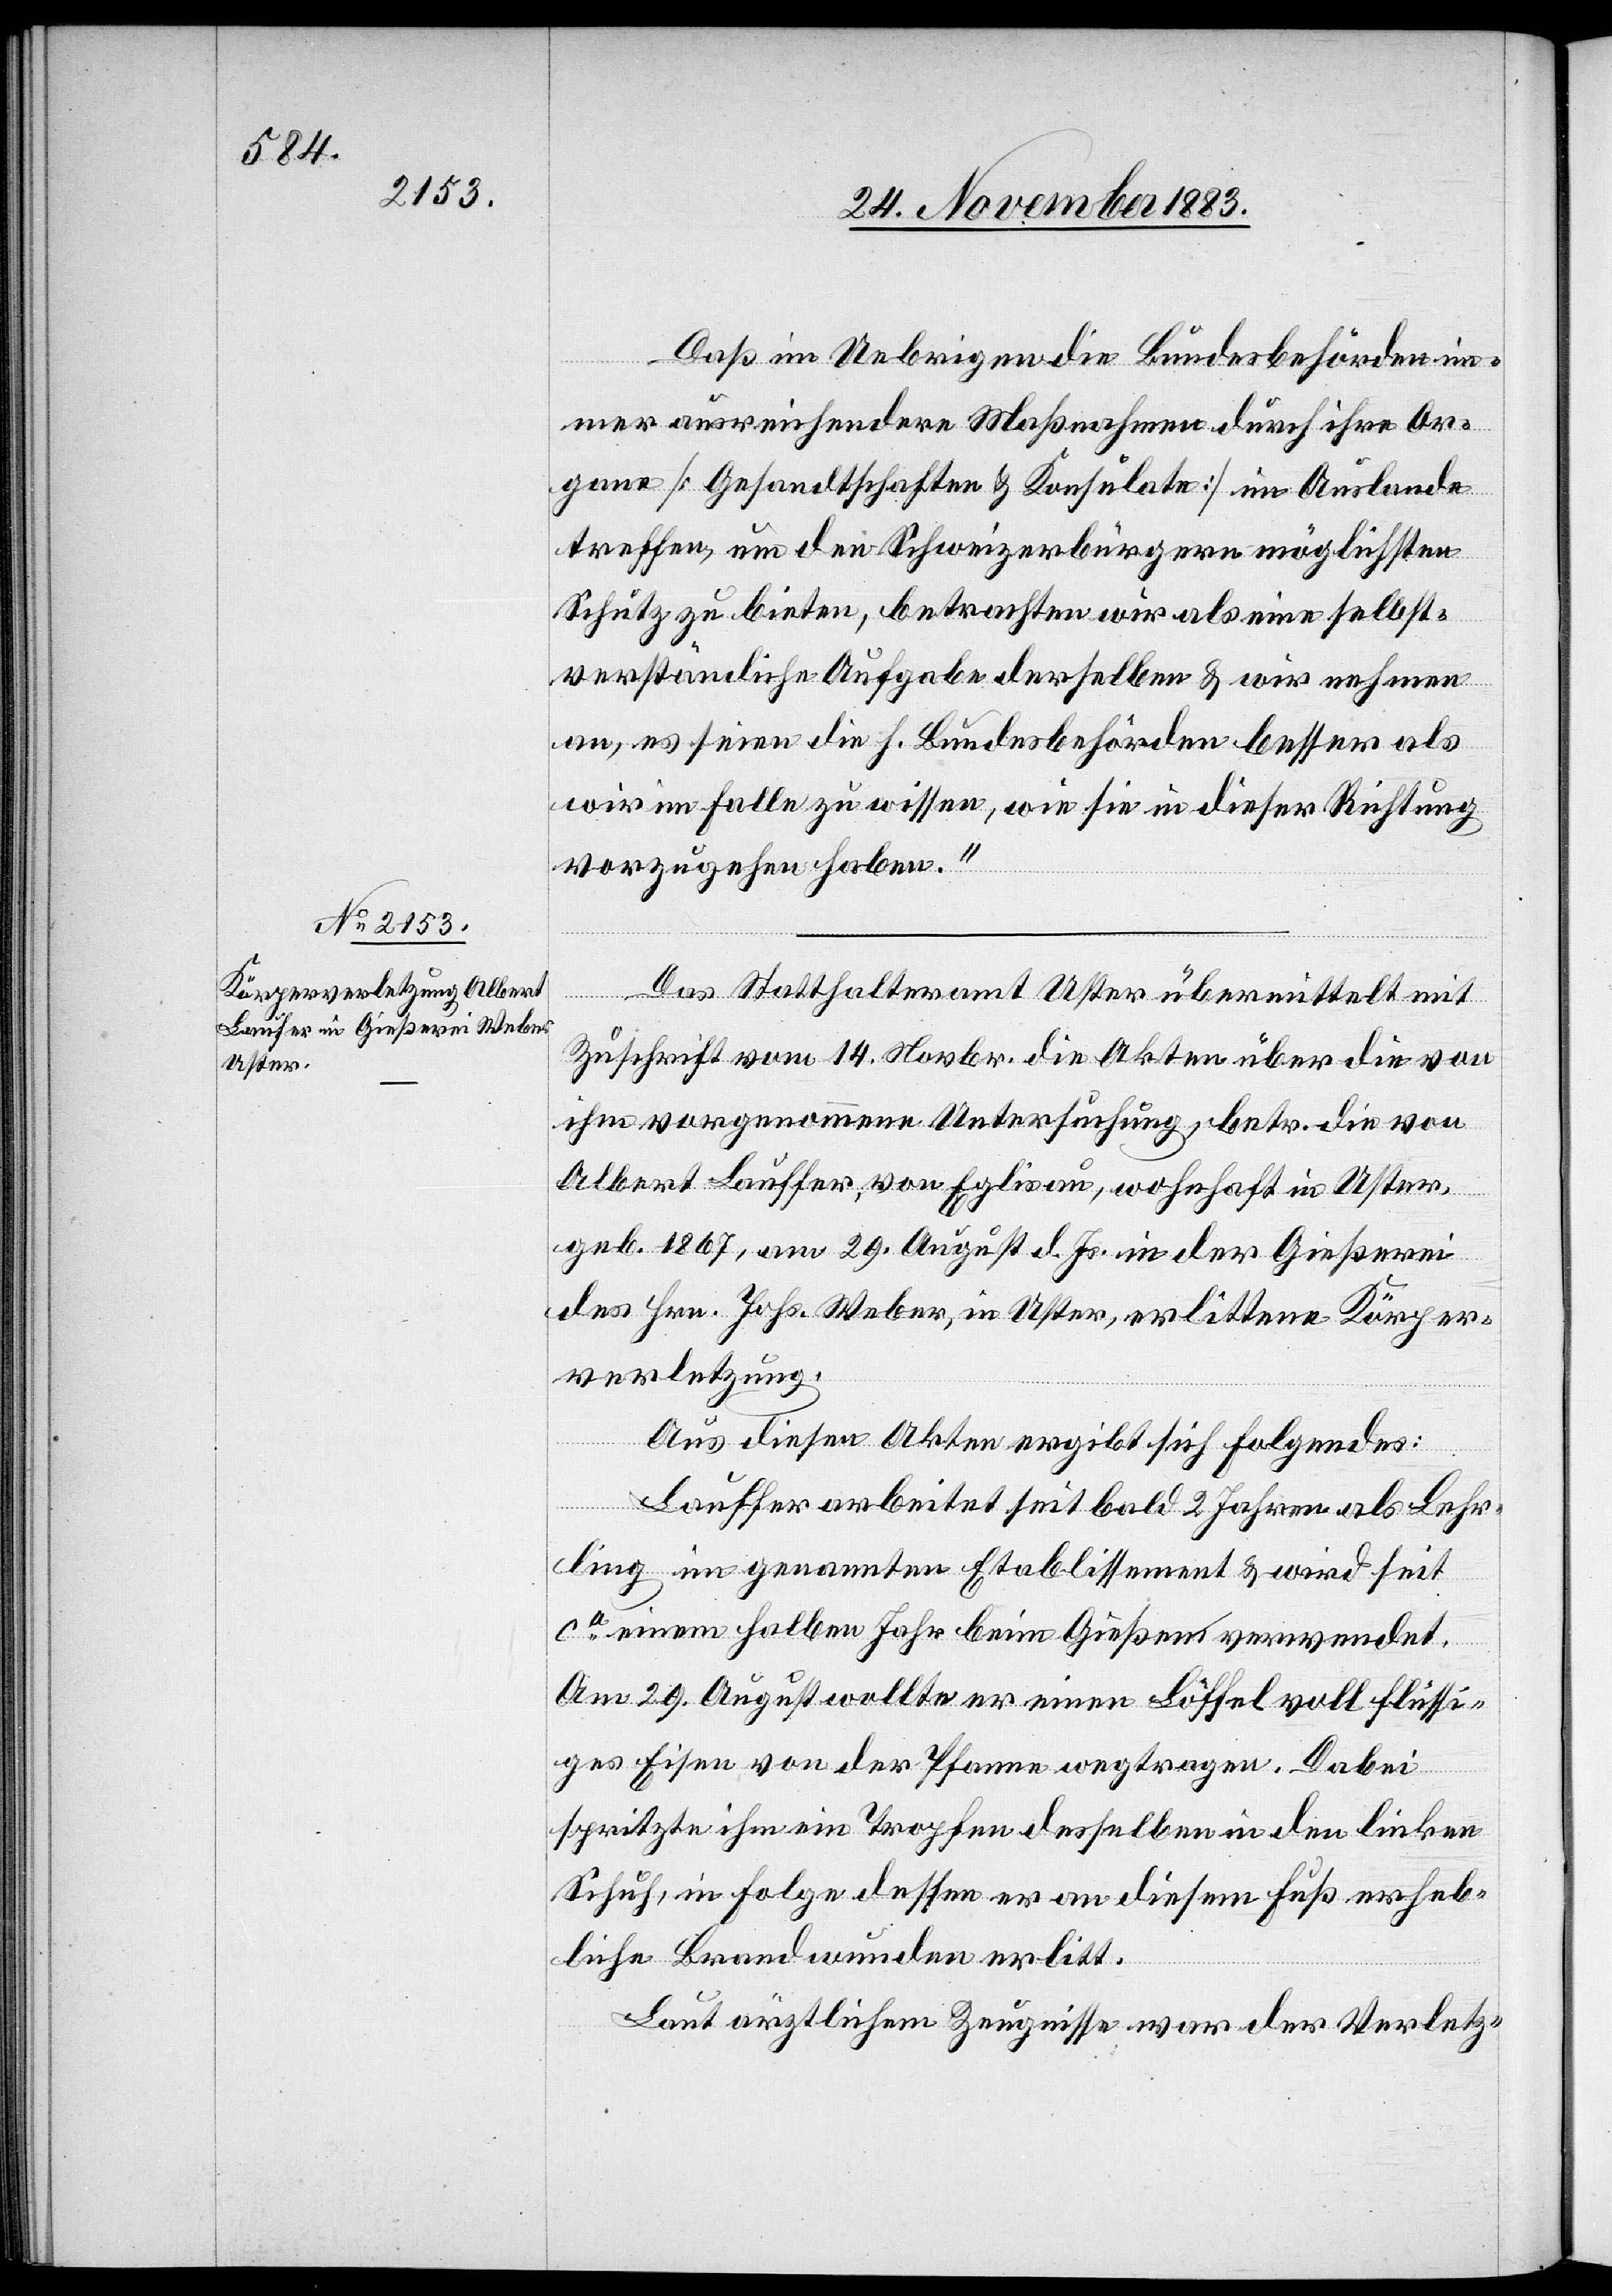
Daß im Uebrigen die Bundesbehörden im¬
mer ausreichendere Maßnahmen durch ihre Or¬
gane [Gesandtschaften & Konsulate] im Auslande
treffen, um den Schweizerbürgern möglichsten
Schutz zu bieten, betrachten wir als eine selbst¬
verständliche Aufgabe derselben & wir nehmen
an, es seien die h. Bundesbehörden besser als
wir im Falle zu wissen, wie sie in dieser Richtung
vorzugehen haben.“
Das Statthalteramt Uster übermittelt mit
Zuschrift vom 14. Novbr. die Akten über die von
ihm vorgenommene Untersuchung, betr. die von
Albert Lauffer [sic!], von Eglisau, wohnhaft in Uster,
geb. 1867, am 29. August d. Js in der Gießerei
des Hrn. Johs. Weber, in Uster, erlittene Körper¬
verletzung.
Aus diesen Akten ergibt sich Folgendes:
Lauffer arbeitet seit bald 2 Jahren als Lehr¬
ling im genannten Etablissement & wird seit
ca einem halben Jahr beim Gießen verwendet.
Am 29. August wollte er einen Löffel voll flüssi¬
ges Eisen von der Pfanne wegtragen. Dabei
spritzte ihm ein Tropfen desselben in den linken
Schuh, in Folge dessen er an diesem Fuß erheb¬
liche Brandwunden erlitt.
Laut ärztlichem Zeugnisse war der Verletz-